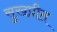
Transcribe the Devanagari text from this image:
सुखप्रीत